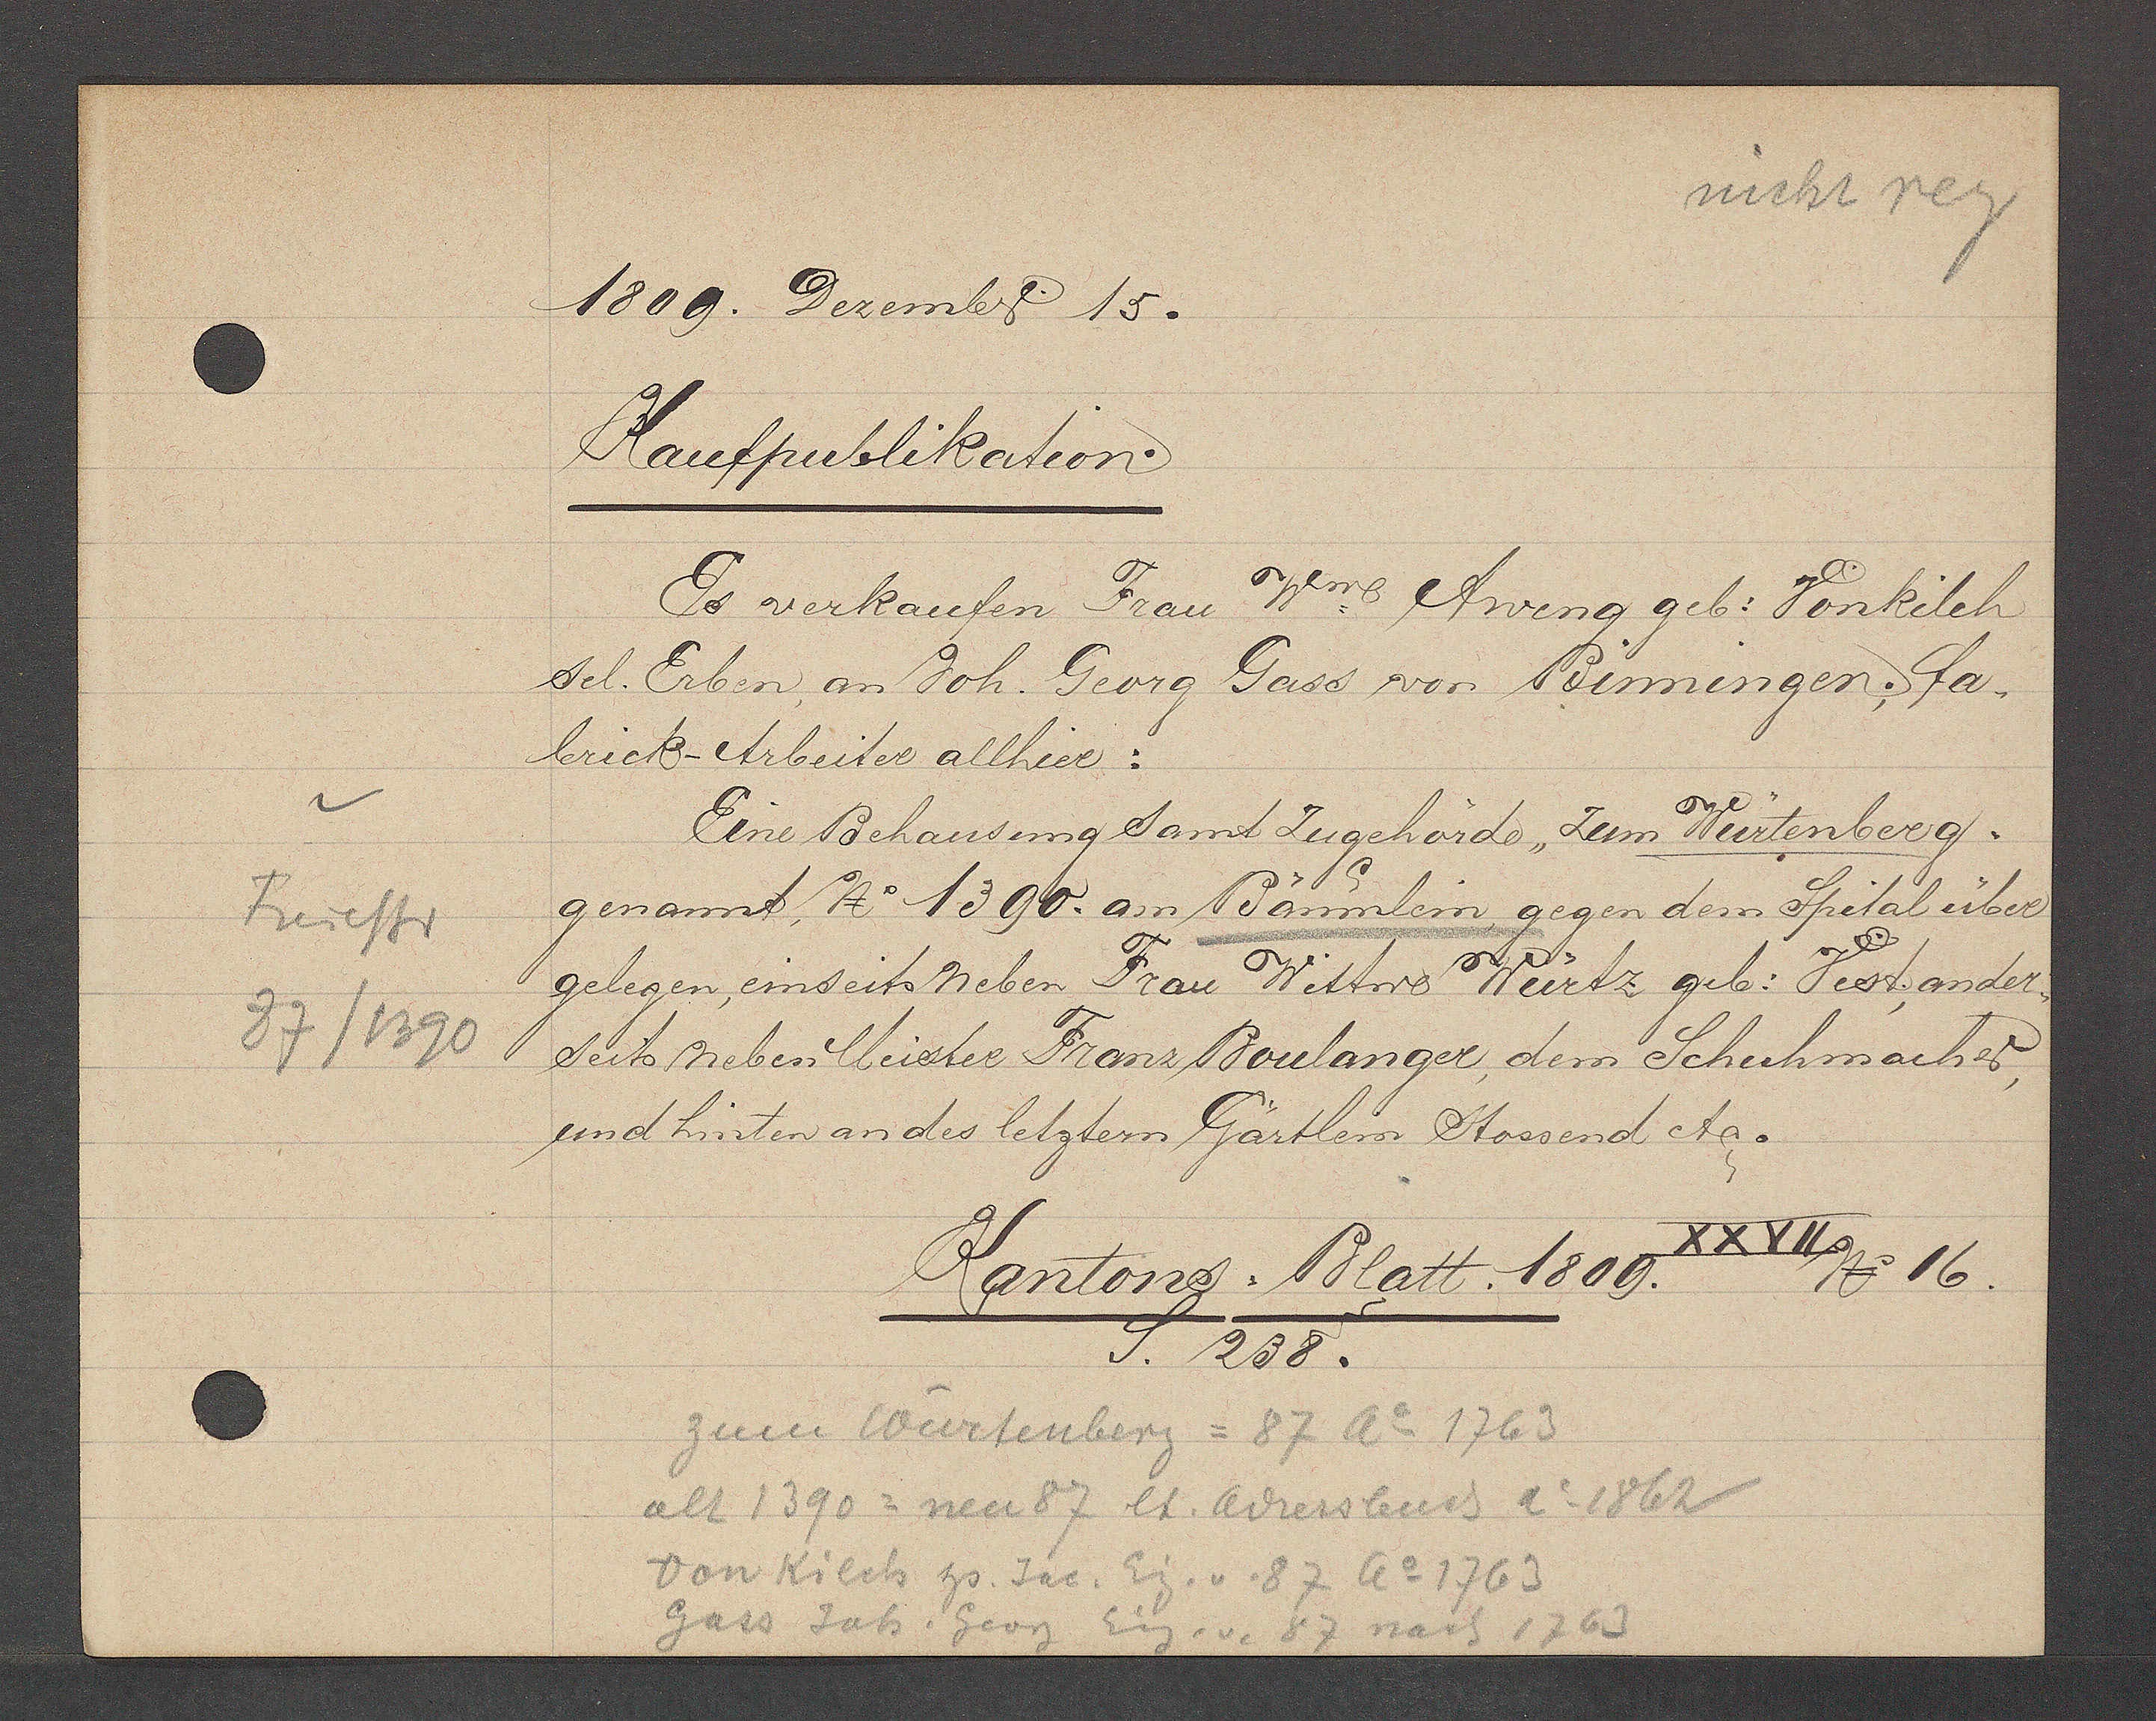
Transcript:
Freiestr
37/1390

1809. Dezember 15.

Kaufpublikaition.
Es verkaufen Frau Wwee Aweng geb: Vonkilch
sel. Erben, an Joh. Georg Gass von Binningen; fa-
brick-Arbeiter allhier:
Eine Behausung samt Zugehörde, zum Würtenberg.
genannt, No 1390. an Bäumlein, gegen dem Spital über
gelegen, einseits neben Frau Wittwe Würtz geb. Vest; ander¬
seits neben Meister Franz Boulanger, dem Schuhmacher,
und hinten an des letztern Gärtlein stossend etc.

Kantons-Blatt 1809. XXVII No 16.
S. 238.

zum Würtenberg = 87 Ao 1763
alt 1390 = neu 87 lt. adressbuch ao 1862
von Kilch hs Jac. Eig. v. 87 Ao 1763
Gass Joh. Georg Eig. v. 87 nach 1763